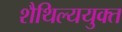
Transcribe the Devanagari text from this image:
शैथिल्ययुक्त